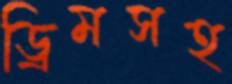
ড্রিমসহ